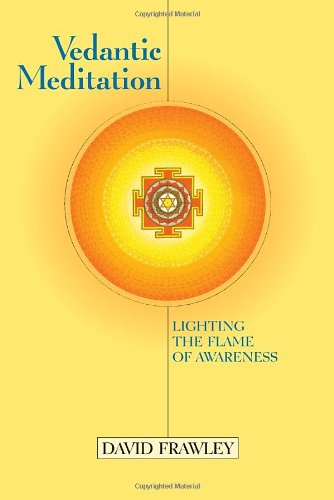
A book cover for Vedantic Meditation: Lighting the Flame of Awareness; David Frawley; Religion & Spirituality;